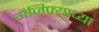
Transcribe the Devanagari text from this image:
गंजिफ्याच्या